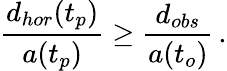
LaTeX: {\frac{d_{hor}(t_{p})}{a(t_{p})}}\geq{\frac{d_{obs}}{a(t_{o})}}\, .